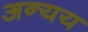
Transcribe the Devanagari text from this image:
अन्यय